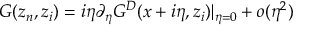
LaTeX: G ( z _ { n } , z _ { i } ) = i \eta \partial _ { \eta } G ^ { D } ( x + i \eta , z _ { i } ) | _ { \eta = 0 } + o ( \eta ^ { 2 } )